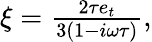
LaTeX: \begin{array}{r}{\xi=\frac{2\tau e_{t}}{3(1-i\omega\tau)},}\end{array}